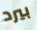
بيرد